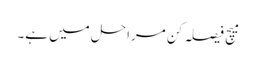
میچ فیصلہ کن مراحل میں ہے۔